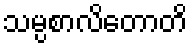
သမ္ပစာလိတောတိ